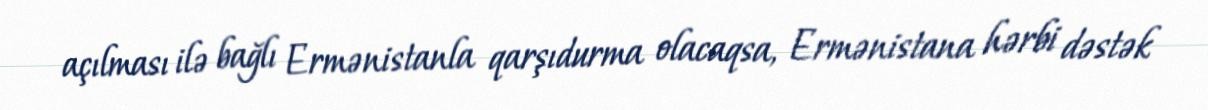
açılması ilə bağlı Ermənistanla qarşıdurma olacaqsa, Ermənistana hərbi dəstək